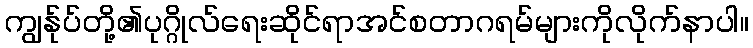
ကျွန်ုပ်တို့၏ပုဂ္ဂိုလ်ရေးဆိုင်ရာအင်စတာဂရမ်များကိုလိုက်နာပါ။